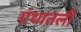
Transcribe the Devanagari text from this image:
ग्रंथातली